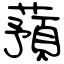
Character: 蕷